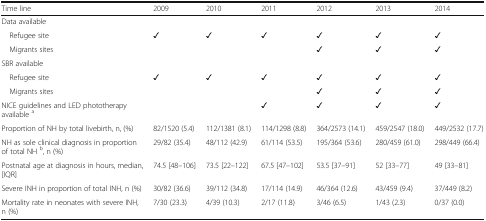
<table><thead><tr><td><b>Time line</b></td><td><b>2009</b></td><td><b>2010</b></td><td><b>2011</b></td><td><b>2012</b></td><td><b>2013</b></td><td><b>2014</b></td></tr></thead><tbody><tr><td colspan="7">Data available</td></tr><tr><td> Refugee site</td><td>✓</td><td>✓</td><td>✓</td><td>✓</td><td>✓</td><td>✓</td></tr><tr><td> Migrants sites</td><td>[EMPTY_CELL]</td><td>[EMPTY_CELL]</td><td>[EMPTY_CELL]</td><td>✓</td><td>✓</td><td>✓</td></tr><tr><td colspan="7">SBR available</td></tr><tr><td> Refugee site</td><td>✓</td><td>✓</td><td>✓</td><td>✓</td><td>✓</td><td>✓</td></tr><tr><td> Migrants sites</td><td>[EMPTY_CELL]</td><td>[EMPTY_CELL]</td><td>[EMPTY_CELL]</td><td>✓</td><td>✓</td><td>✓</td></tr><tr><td>NICE guidelines and LED phototherapy available <sup>a</sup></td><td>[EMPTY_CELL]</td><td>[EMPTY_CELL]</td><td>✓</td><td>✓</td><td>✓</td><td>✓</td></tr><tr><td>Proportion of NH by total livebirth, n, (%)</td><td>82/1520 (5.4)</td><td>112/1381 (8.1)</td><td>114/1298 (8.8)</td><td>364/2573 (14.1)</td><td>459/2547 (18.0)</td><td>449/2532 (17.7)</td></tr><tr><td>NH as sole clinical diagnosis in proportion of total NH <sup>b</sup>, n (%)</td><td>29/82 (35.4)</td><td>48/112 (42.9)</td><td>61/114 (53.5)</td><td>195/364 (53.6)</td><td>280/459 (61.0)</td><td>298/449 (66.4)</td></tr><tr><td>Postnatal age at diagnosis in hours, median, [IQR]</td><td>74.5 [48–106]</td><td>73.5 [22–122]</td><td>67.5 [47–102]</td><td>53.5 [37–91]</td><td>52 [33–77]</td><td>49 [33–81]</td></tr><tr><td>Severe INH in proportion of total INH, n (%)</td><td>30/82 (36.6)</td><td>39/112 (34.8)</td><td>17/114 (14.9)</td><td>46/364 (12.6)</td><td>43/459 (9.4)</td><td>37/449 (8.2)</td></tr><tr><td>Mortality rate in neonates with severe INH, n (%)</td><td>7/30 (23.3)</td><td>4/39 (10.3)</td><td>2/17 (11.8)</td><td>3/46 (6.5)</td><td>1/43 (2.3)</td><td>0/37 (0.0)</td></tr></tbody></table>